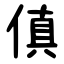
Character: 傎